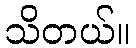
သိတယ်။